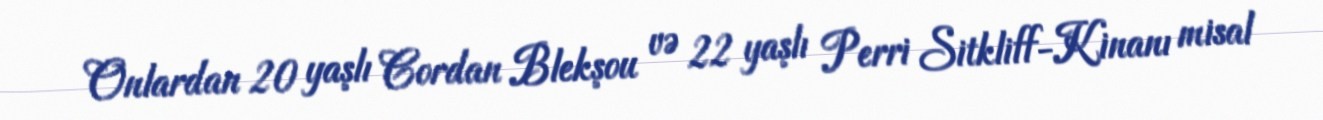
Onlardan 20 yaşlı Cordan Blekşou və 22 yaşlı Perri Sitkliff-Kinanı misal